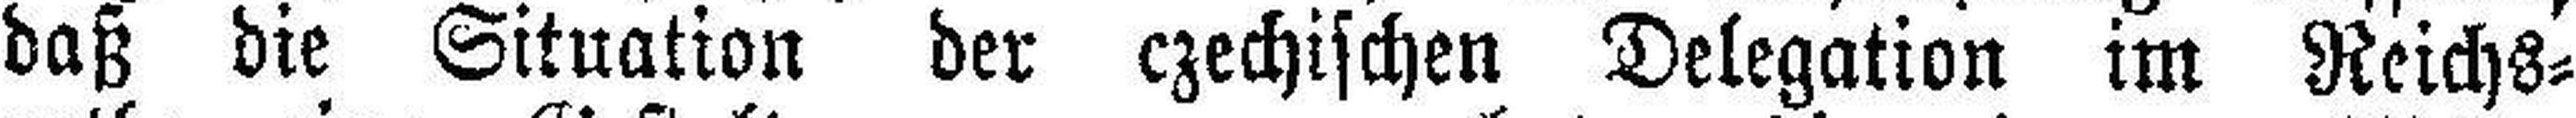
daß die Situation der czechischen Delegation im Reichs¬